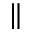
\Vert